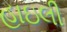
હાઇલી